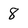
Character: 8